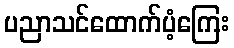
ပညာသင်ထောက်ပံ့ကြေး